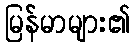
မြန်မာများ၏